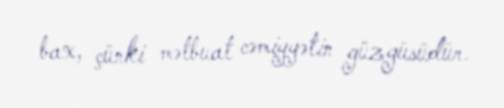
bax, çünki mətbuat cəmiyyətin güzgüsüdür.